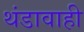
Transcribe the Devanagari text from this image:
थंडावाही